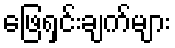
ဖြေရှင်းချက်များ